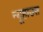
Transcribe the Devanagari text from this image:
न्यूहाउस